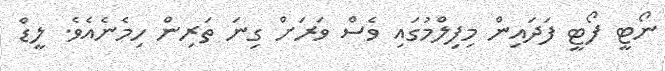
ނޯޓީ ފޯޓީ ފަދައިން މިފިލްމުގައި ވެސް ވަރަށް ގިނަ ތަރިން ހިމެެނެއެވެ. ލީޑް